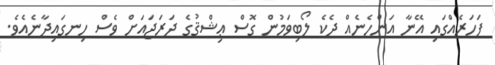
ފަހަރެއްގައި އޭނާ އަންހެނެއް ދެކެ ލޯބިވަމުން ގޮސް ޢިޝްޤުގެ ދަރަޖައަށް ވެސް ހިނގައިދާނެއެވެ.